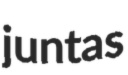
juntas